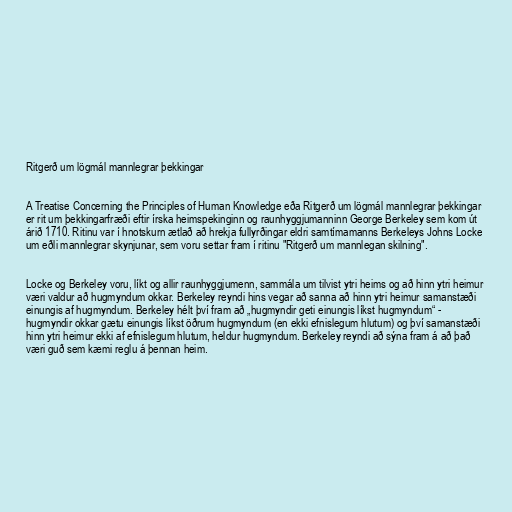
Ritgerð um lögmál mannlegrar þekkingar

A Treatise Concerning the Principles of Human Knowledge eða Ritgerð um lögmál mannlegrar þekkingar
er rit um þekkingarfræði eftir írska heimspekinginn og raunhyggjumanninn George Berkeley sem kom út
árið 1710. Ritinu var í hnotskurn ætlað að hrekja fullyrðingar eldri samtímamanns Berkeleys Johns Locke
um eðli mannlegrar skynjunar, sem voru settar fram í ritinu "Ritgerð um mannlegan skilning".

Locke og Berkeley voru, líkt og allir raunhyggjumenn, sammála um tilvist ytri heims og að hinn ytri heimur
væri valdur að hugmyndum okkar. Berkeley reyndi hins vegar að sanna að hinn ytri heimur samanstæði
einungis af hugmyndum. Berkeley hélt því fram að „hugmyndir geti einungis líkst hugmyndum“ -
hugmyndir okkar gætu einungis líkst öðrum hugmyndum (en ekki efnislegum hlutum) og því samanstæði
hinn ytri heimur ekki af efnislegum hlutum, heldur hugmyndum. Berkeley reyndi að sýna fram á að það
væri guð sem kæmi reglu á þennan heim.